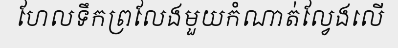
ហែលទឹកព្រលែងមួយកំណាត់ល្វែងលើ